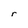
Character: r